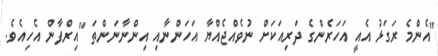
"އެންމެ ރަގަޅު އެއީ އަހަރެންގެ ދަރިއަކަށް ނުވެއްޖެއްޔާ އަހަންނާއި އިންނާނަންތަ "އިރްފާން އެހިއެވެ.